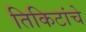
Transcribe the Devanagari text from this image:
तिकिटांचे